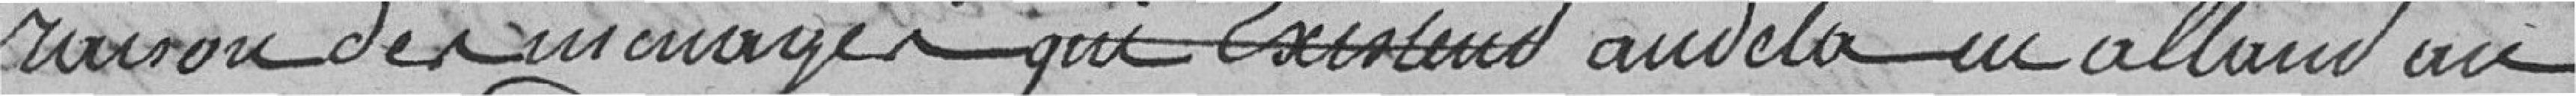
raison des ouvrages qui existent au-delà en allant au